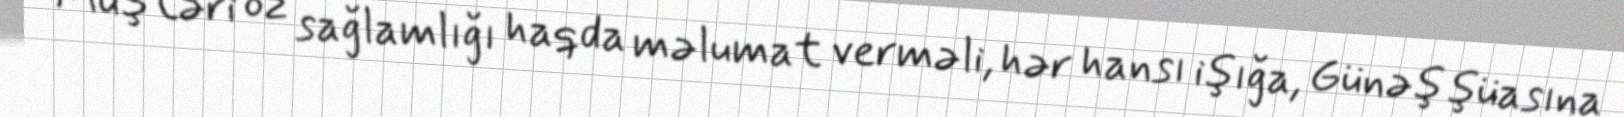
Müştəri öz sağlamlığı haqda məlumat verməli, hər hansı işığa, Günəş şüasına